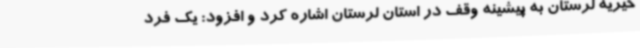
خیریه لرستان به پیشینه وقف در استان لرستان اشاره کرد و افزود: یک فرد